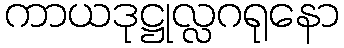
ကာယဒုဋ္ဌုလ္လဂရုနော